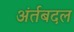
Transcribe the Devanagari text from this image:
अंर्तबदल